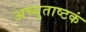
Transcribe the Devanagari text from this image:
अच्युताष्टकं